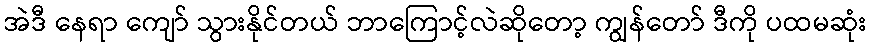
အဲဒီ နေရာ ကျော် သွားနိုင်တယ် ဘာကြောင့်လဲဆိုတော့ ကျွန်တော် ဒီကို ပထမဆုံး